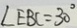
\angle E B C = 3 0 ^ { \circ }